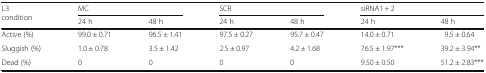
| <ROWSPAN=2> L3 condition | <COLSPAN=2> MC | <COLSPAN=2> SCR | <COLSPAN=2> siRNA1 + 2 |
 | 24 h | 48 h | 24 h | 48 h | 24 h | 48 h |
 | --- | --- | --- | --- | --- | --- | --- |
 | Active (%) | 99.0 ± 0.71 | 96.5 ± 1.41 | 97.5 ± 0.27 | 95.7 ± 0.47 | 14.0 ± 0.71 | 9.5 ± 0.64 |
 | Sluggish (%) | 1.0 ± 0.78 | 3.5 ± 1.42 | 2.5 ± 0.97 | 4.2 ± 1.68 | 76.5 ± 1.97*** | 39.2 ± 3.94** |
 | Dead (%) | 0 | 0 | 0 | 0 | 9.50 ± 0.50 | 51.2 ± 2.83*** |